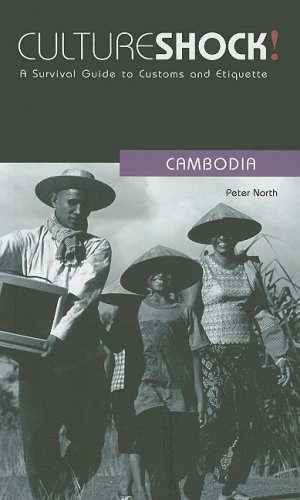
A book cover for Culture Shock! Cambodia: A Survival Guide to Customs and Etiquette (Culture Shock! A Survival Guide to Customs & Etiquette); Peter North; Travel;